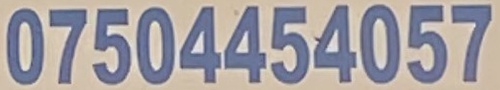
07504454057